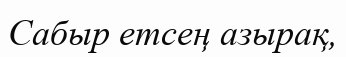
Сабыр етсең азырақ,